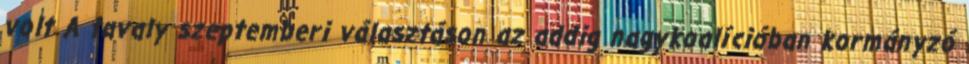
volt A tavaly szeptemberi választáson az addig nagykoalícióban kormányzó